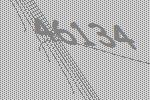
46134